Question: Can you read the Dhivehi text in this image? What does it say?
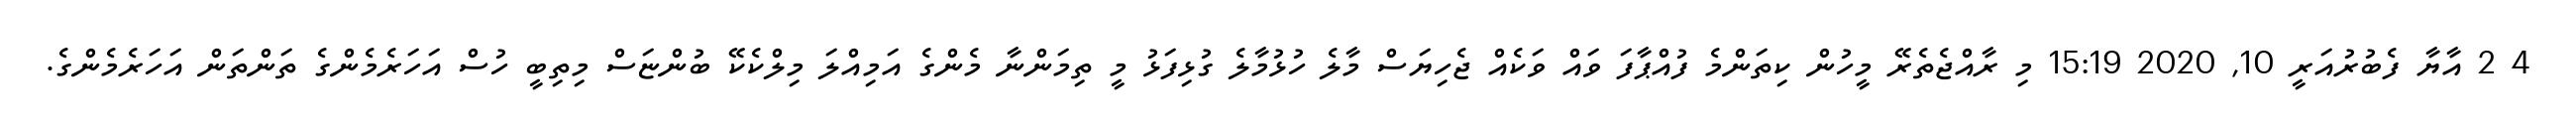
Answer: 4 2 އާޔާ ފެބުރުއަރީ 10, 2020 15:19 މި ރާއްޖެތެރޭ މީހުން ކިތަންމެ ފުއްޕާފަ ވައް ވަކެއް ޖެހިޔަސް މާލެ ހުޅުމާލެ ގުޅިފަޅު މީ ތިމަންނާ މެންގެ އަމިއްލަ މިލްކެކޭ ބުންޏަސް މިތިބީ ހުސް އަހަރެމެންގެ ތަންތަން އަހަރެމެންގެ.